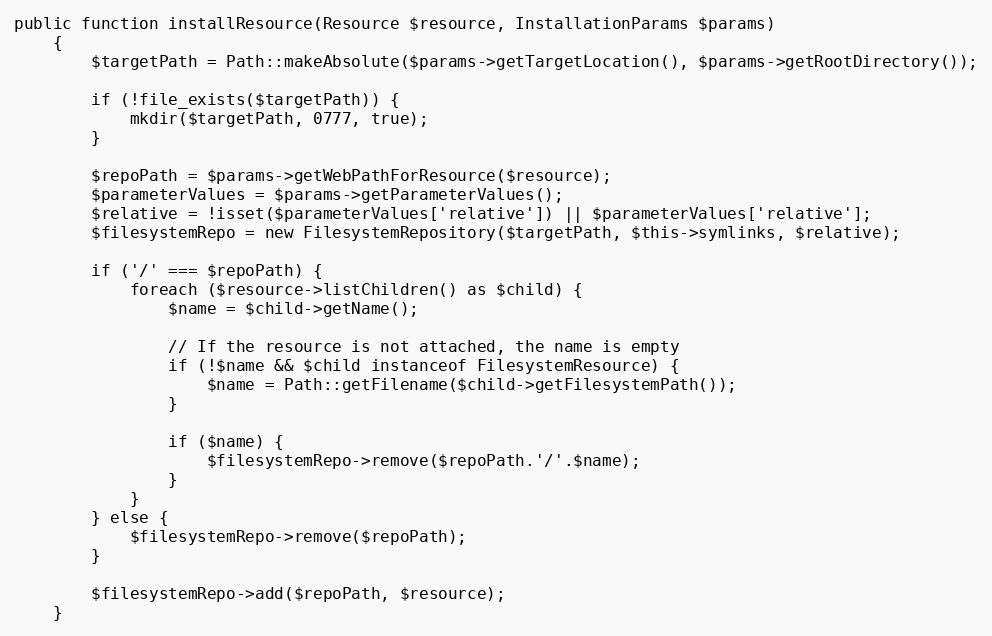
Language: PHP
public function installResource(Resource $resource, InstallationParams $params)
    {
        $targetPath = Path::makeAbsolute($params->getTargetLocation(), $params->getRootDirectory());

        if (!file_exists($targetPath)) {
            mkdir($targetPath, 0777, true);
        }

        $repoPath = $params->getWebPathForResource($resource);
        $parameterValues = $params->getParameterValues();
        $relative = !isset($parameterValues['relative']) || $parameterValues['relative'];
        $filesystemRepo = new FilesystemRepository($targetPath, $this->symlinks, $relative);

        if ('/' === $repoPath) {
            foreach ($resource->listChildren() as $child) {
                $name = $child->getName();

                // If the resource is not attached, the name is empty
                if (!$name && $child instanceof FilesystemResource) {
                    $name = Path::getFilename($child->getFilesystemPath());
                }

                if ($name) {
                    $filesystemRepo->remove($repoPath.'/'.$name);
                }
            }
        } else {
            $filesystemRepo->remove($repoPath);
        }

        $filesystemRepo->add($repoPath, $resource);
    }